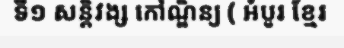
ទី១ សន្តិវង្ស កៅណ្ឌិន្យ ( អំបូរ ខ្មែរ